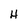
Character: H